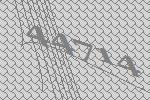
44714